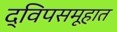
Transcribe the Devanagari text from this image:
द्विपसमूहात